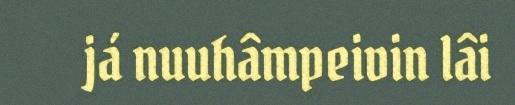
já nuuhâmpeivin lâi